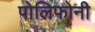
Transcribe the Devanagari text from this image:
पोलिफोनी